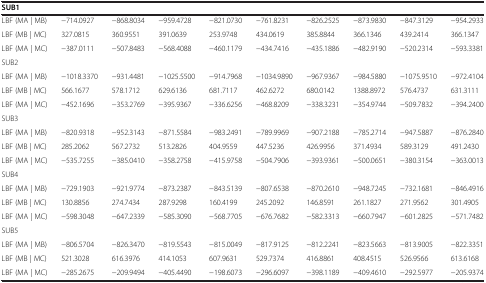
<table><thead><tr><td><b>SUB1</b></td><td><b> </b></td><td><b> </b></td><td><b> </b></td><td><b> </b></td><td><b> </b></td><td><b> </b></td><td><b> </b></td><td><b> </b></td><td><b> </b></td></tr></thead><tbody><tr><td>LBF (MA | MB)</td><td>−714.0927</td><td>−868.8034</td><td>−959.4728</td><td>−821.0730</td><td>−761.8231</td><td>−826.2525</td><td>−873.9830</td><td>−847.3129</td><td>−954.2933</td></tr><tr><td>LBF (MB | MC)</td><td>327.0815</td><td>360.9551</td><td>391.0639</td><td>253.9748</td><td>434.0619</td><td>385.8844</td><td>366.1346</td><td>439.2414</td><td>366.1347</td></tr><tr><td>LBF (MA | MC)</td><td>−387.0111</td><td>−507.8483</td><td>−568.4088</td><td>−460.1179</td><td>−434.7416</td><td>−435.1886</td><td>−482.9190</td><td>−520.2314</td><td>−593.3381</td></tr><tr><td>SUB2</td><td> </td><td> </td><td> </td><td> </td><td> </td><td> </td><td> </td><td> </td><td> </td></tr><tr><td>LBF (MA | MB)</td><td>−1018.3370</td><td>−931.4481</td><td>−1025.5500</td><td>−914.7968</td><td>−1034.9890</td><td>−967.9367</td><td>−984.5880</td><td>−1075.9510</td><td>−972.4104</td></tr><tr><td>LBF (MB | MC)</td><td>566.1677</td><td>578.1712</td><td>629.6136</td><td>681.7117</td><td>462.6272</td><td>680.0142</td><td>1388.8972</td><td>576.4737</td><td>631.3111</td></tr><tr><td>LBF (MA | MC)</td><td>−452.1696</td><td>−353.2769</td><td>−395.9367</td><td>−336.6256</td><td>−468.8209</td><td>−338.3231</td><td>−354.9744</td><td>−509.7832</td><td>−394.2400</td></tr><tr><td>SUB3</td><td> </td><td> </td><td> </td><td> </td><td> </td><td> </td><td> </td><td> </td><td> </td></tr><tr><td>LBF (MA | MB)</td><td>−820.9318</td><td>−952.3143</td><td>−871.5584</td><td>−983.2491</td><td>−789.9969</td><td>−907.2188</td><td>−785.2714</td><td>−947.5887</td><td>−876.2840</td></tr><tr><td>LBF (MB | MC)</td><td>285.2062</td><td>567.2732</td><td>513.2826</td><td>404.9559</td><td>447.5236</td><td>426.9956</td><td>371.4934</td><td>589.3129</td><td>491.2430</td></tr><tr><td>LBF (MA | MC)</td><td>−535.7255</td><td>−385.0410</td><td>−358.2758</td><td>−415.9758</td><td>−504.7906</td><td>−393.9361</td><td>−500.0651</td><td>−380.3154</td><td>−363.0013</td></tr><tr><td>SUB4</td><td> </td><td> </td><td> </td><td> </td><td> </td><td> </td><td> </td><td> </td><td> </td></tr><tr><td>LBF (MA | MB)</td><td>−729.1903</td><td>−921.9774</td><td>−873.2387</td><td>−843.5139</td><td>−807.6538</td><td>−870.2610</td><td>−948.7245</td><td>−732.1681</td><td>−846.4916</td></tr><tr><td>LBF (MB | MC)</td><td>130.8856</td><td>274.7434</td><td>287.9298</td><td>160.4199</td><td>245.2092</td><td>146.8591</td><td>261.1827</td><td>271.9562</td><td>301.4905</td></tr><tr><td>LBF (MA | MC)</td><td>−598.3048</td><td>−647.2339</td><td>−585.3090</td><td>−568.7705</td><td>−676.7682</td><td>−582.3313</td><td>−660.7947</td><td>−601.2825</td><td>−571.7482</td></tr><tr><td>SUB5</td><td> </td><td> </td><td> </td><td> </td><td> </td><td> </td><td> </td><td> </td><td> </td></tr><tr><td>LBF (MA | MB)</td><td>−806.5704</td><td>−826.3470</td><td>−819.5543</td><td>−815.0049</td><td>−817.9125</td><td>−812.2241</td><td>−823.5663</td><td>−813.9005</td><td>−822.3351</td></tr><tr><td>LBF (MB | MC)</td><td>521.3028</td><td>616.3976</td><td>414.1053</td><td>607.9631</td><td>529.7374</td><td>416.8861</td><td>408.4515</td><td>526.9566</td><td>613.6168</td></tr><tr><td>LBF (MA | MC)</td><td>−285.2675</td><td>−209.9494</td><td>−405.4490</td><td>−198.6073</td><td>−296.6097</td><td>−398.1189</td><td>−409.4610</td><td>−292.5977</td><td>−205.9374</td></tr></tbody></table>